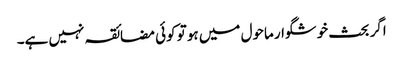
اگر بحث خوشگوار ماحول میں ہو تو کوئی مضائقہ نہیں ہے۔